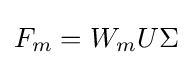
F_{m}=W_{m}U\Sigma